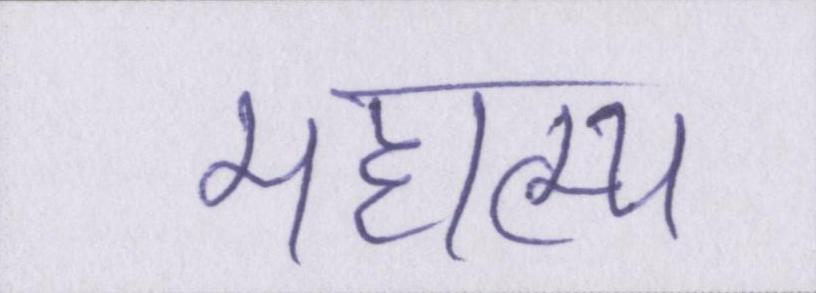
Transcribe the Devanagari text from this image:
महात्म्य